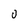
Character: 0